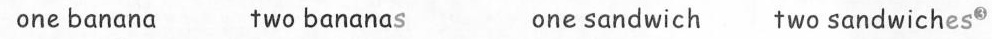
one banana two bananas one sandwich two sandwiches^{③}